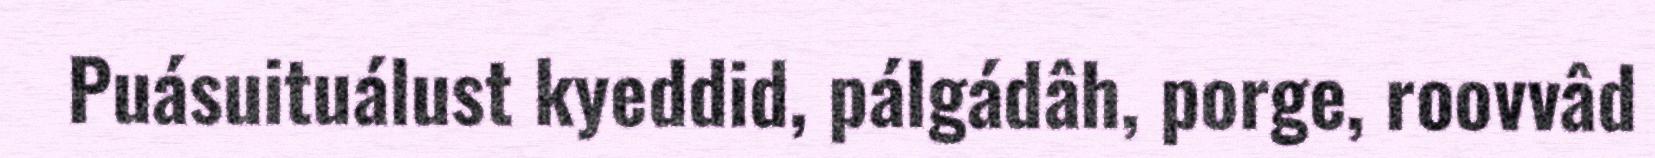
Puásuituálust kyeddid, pálgádâh, porge, roovvâd